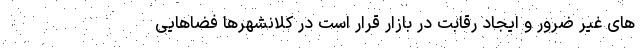
های غیر ضرور و ایجاد رقابت در بازار قرار است در کلانشهرها فضاهایی